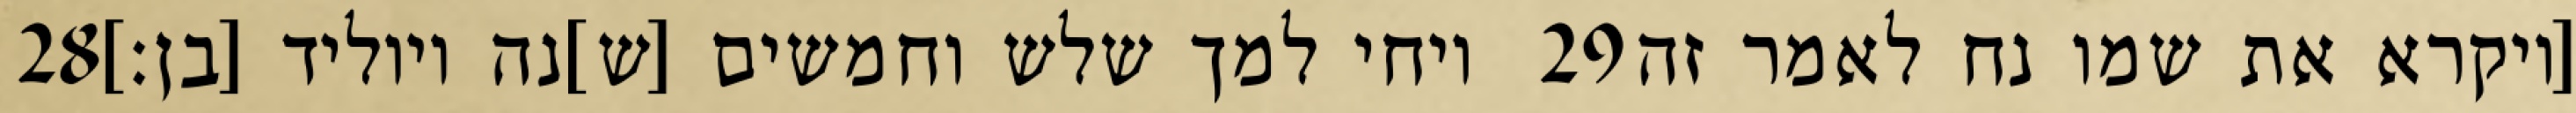
‎28‏ ויחי למך שלש וחמשים [ש]נה ויוליד [בן׃] ‎29‏ [ויקרא את שמו נח לאמר זה